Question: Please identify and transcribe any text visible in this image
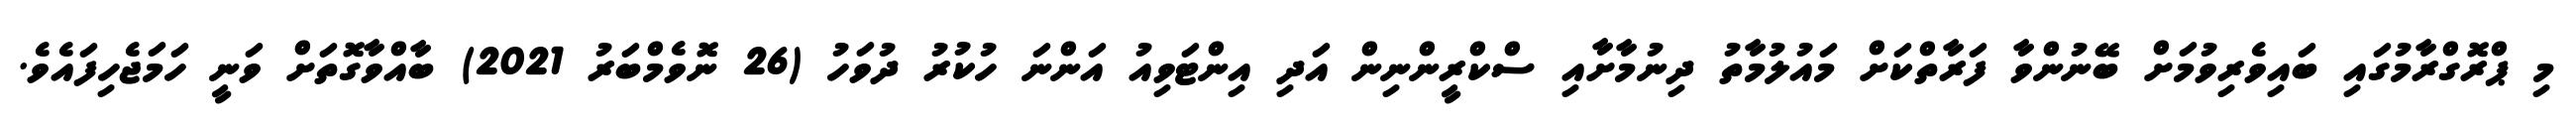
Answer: މި ޕްރޮގްރާމުގައި ބައިވެރިވުމަށް ބޭނުންވާ ފަރާތްކަށް މައުލުމާތު ދިނުމާށާއި ސްކްރީންނިން އަދި އިންޓަވިއު އަންނަ ހުކުރު ދުވަހު (26 ނޮވެމްބަރު 2021) ބާއްވާގޮތަށް ވަނީ ހަމަޖެހިފައެވެ.